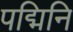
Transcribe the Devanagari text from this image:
पद्मिनि